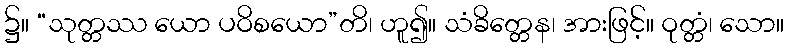
၌။ “သုတ္တဿ ယော ပဝိစယော”တိ၊ ဟူ၍။ သံခိတ္တေန၊ အားဖြင့်။ ဝုတ္တံ၊ သော။